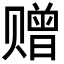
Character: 赠